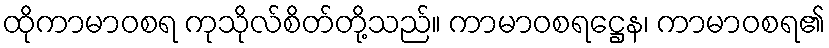
ထိုကာမာဝစရ ကုသိုလ်စိတ်တို့သည်။ ကာမာဝစရဋ္ဌေန၊ ကာမာဝစရ၏